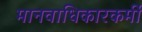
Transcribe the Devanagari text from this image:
मानवाधिकारकर्मी